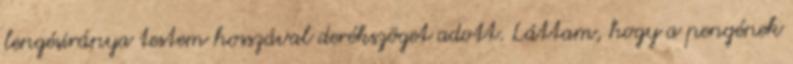
lengésiránya testem hosszával derékszöget adott. Láttam, hogy a pengének